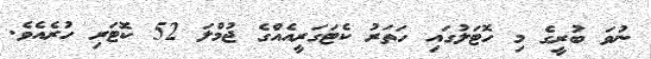
ނުވަ ބުރީގެ މި ހޮޓަލުގައި ހަތަރު ކެޓަގަރީއެއްގެ ޖުމްލަ 52 ކޮޓަރި ހުރެއެވެ.